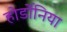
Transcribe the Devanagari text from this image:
होर्डोनिया